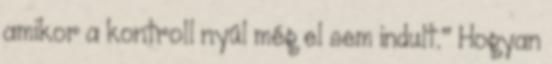
amikor a kontroll nyúl még el sem indult." Hogyan